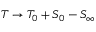
T \rightarrow T _ { 0 } + S _ { 0 } - S _ { \infty }